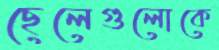
ছেলেগুলোকে